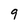
Character: 9